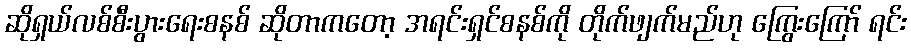
ဆိုရှယ်လစ်စီးပွားရေးစနစ် ဆိုတာကတော့ အရင်းရှင်စနစ်ကို တိုက်ဖျက်မည်ဟု ကြွေးကြော် ရင်း